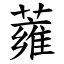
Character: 蕹